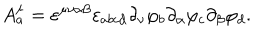
LaTeX: A _ { a } ^ { \mu } = \varepsilon ^ { \mu \nu \alpha \beta } \varepsilon _ { a b c d } \partial _ { \nu } \varphi _ { b } \partial _ { \alpha } \varphi _ { c } \partial _ { \beta } \varphi _ { d } .